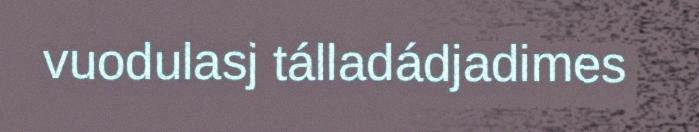
vuodulasj tálladádjadimes